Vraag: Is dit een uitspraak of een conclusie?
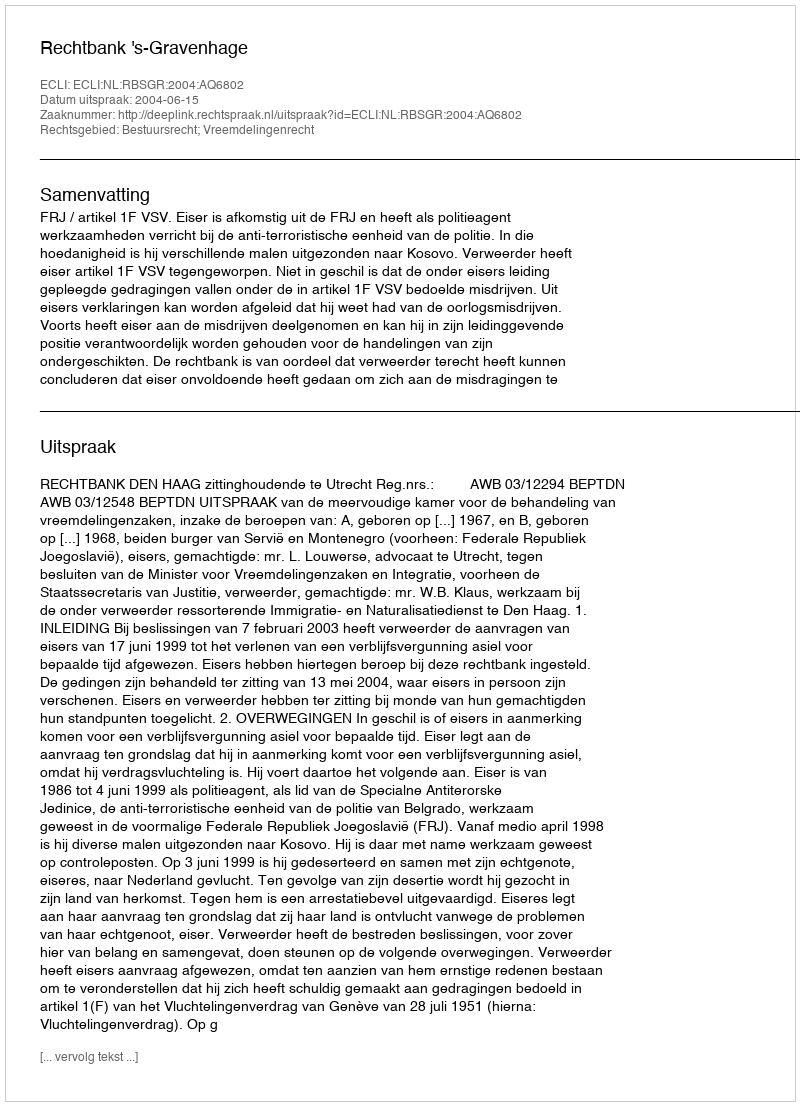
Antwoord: Uitspraak